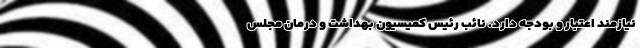
نیازمند اعتبار و بودجه دارد. نائب رئیس کمیسیون بهداشت و درمان مجلس